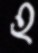
হ